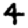
Digit: 4